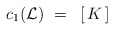
\begin{align*}c_1({\cal L} )~=~\left [ \, K \, \right ]\end{align*}